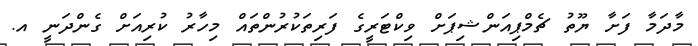
މާދަމާ ފަށާ ޔޫތު ޗެމްޕިއަންޝިޕަށް ވިކްޓަރީގެ ފަރިތަކުރުންތައް މިހާރު ކުރިއަށް ގެންދަނީ އ.